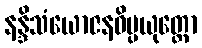
နန္ဒိသံယောဇနဝိပ္ပယုတ္တော